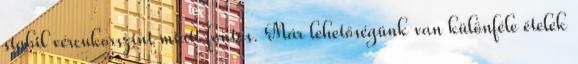
stabil vércukorszint miatt fontos. Már lehetőségünk van különféle ételek